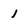
Character: j